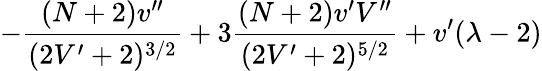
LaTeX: -\frac{(N+2)v^{\prime\prime}}{(2V^{\prime}+2)^{3/2}}+3\frac{(N+2)v^{\prime}V^{\prime\prime}}{(2V^{\prime}+2)^{5/2}}+v^{\prime}(\lambda-2)